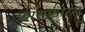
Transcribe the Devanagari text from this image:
फ़ासफ़ोरस